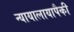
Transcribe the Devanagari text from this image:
न्यायालायापैकी